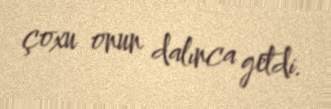
çoxu onun dalınca getdi.